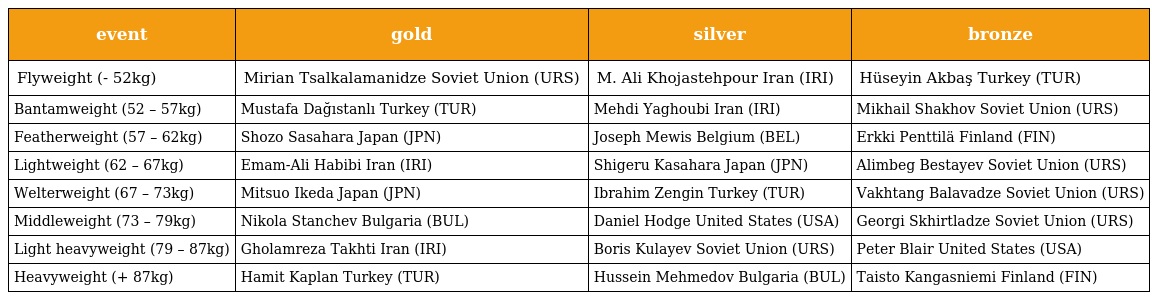
| event | gold | silver | bronze |
 | --- | --- | --- | --- |
 | Flyweight (- 52kg) | Mirian Tsalkalamanidze Soviet Union (URS) | M. Ali Khojastehpour Iran (IRI) | Hüseyin Akbaş Turkey (TUR) |
 | Bantamweight (52 – 57kg) | Mustafa Dağıstanlı Turkey (TUR) | Mehdi Yaghoubi Iran (IRI) | Mikhail Shakhov Soviet Union (URS) |
 | Featherweight (57 – 62kg) | Shozo Sasahara Japan (JPN) | Joseph Mewis Belgium (BEL) | Erkki Penttilä Finland (FIN) |
 | Lightweight (62 – 67kg) | Emam-Ali Habibi Iran (IRI) | Shigeru Kasahara Japan (JPN) | Alimbeg Bestayev Soviet Union (URS) |
 | Welterweight (67 – 73kg) | Mitsuo Ikeda Japan (JPN) | Ibrahim Zengin Turkey (TUR) | Vakhtang Balavadze Soviet Union (URS) |
 | Middleweight (73 – 79kg) | Nikola Stanchev Bulgaria (BUL) | Daniel Hodge United States (USA) | Georgi Skhirtladze Soviet Union (URS) |
 | Light heavyweight (79 – 87kg) | Gholamreza Takhti Iran (IRI) | Boris Kulayev Soviet Union (URS) | Peter Blair United States (USA) |
 | Heavyweight (+ 87kg) | Hamit Kaplan Turkey (TUR) | Hussein Mehmedov Bulgaria (BUL) | Taisto Kangasniemi Finland (FIN) |